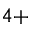
^ { 4 + }